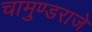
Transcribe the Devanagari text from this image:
चामुण्डराजे